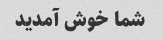
شما خوش آمدید